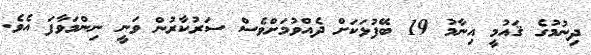
ދިނުމުގެ ޤައުމީ އިނާމު 19 ބޭފުޅަކަށް ދެއްވުމަށްވެސް ސަރުކާރުން ވަނީ ނިންމަވާފަ އެވެ.